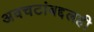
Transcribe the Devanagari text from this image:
अवचटांबद्दलही